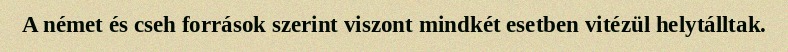
A német és cseh források szerint viszont mindkét esetben vitézül helytálltak.